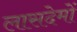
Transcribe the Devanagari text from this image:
लासदेमों